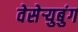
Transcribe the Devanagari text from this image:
वेसेऱ्युबुंग